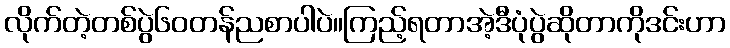
လိုက်တဲ့တစ်ပွဲ၆၀တန်ညစာပါပဲ။ကြည့်ရတာအဲ့ဒီပုံပွဲဆိုတာကိုဒင်းဟာ